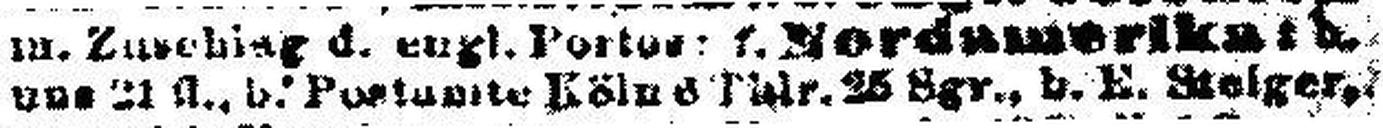
uns 21 fl., b. Postamte Köln 6 Thlr. 25 Sgr., b. E. Steiger,